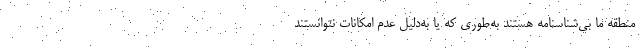
منطقه ما بی‌شناسنامه هستند به‌طوری که یا به‌دلیل عدم امکانات نتوانستند